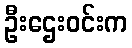
ဦးဌေးဝင်းက